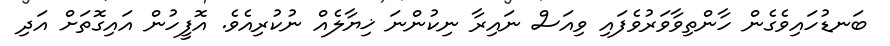
ބަނޑުހައިވެގެން ހާންތިވާވަރުވެފައި ވިއަސް ނައިރާ ނިކުންނަ ޚިޔާލެއް ނުކުރިއެވެ. އޮފީހުން އައިގޮތަށް އަދި